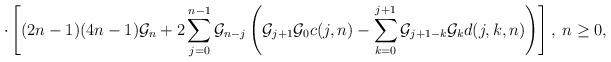
LaTeX: \begin{align*}\cdot\left[(2n-1)(4n-1){\cal G}_n+2\sum_{j=0}^{n-1}{\cal G}_{n-j}\left({\cal G}_{j+1}{\cal G}_0c(j,n)-\sum_{k=0}^{j+1}{\cal G}_{j+1-k}{\cal G}_{k}d(j,k,n)\right)\right],\; n\ge 0, \end{align*}